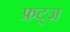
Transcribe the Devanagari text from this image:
फ्रट्ज़